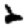
Digit: 2